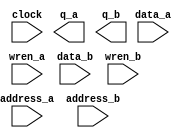
// megafunction wizard: %RAM: 2-PORT%VBB%
// GENERATION: STANDARD
// VERSION: WM1.0
// MODULE: altsyncram 

// ============================================================
// Megafunction Name(s):
// 			altsyncram
// ============================================================
// ************************************************************
// THIS IS A WIZARD-GENERATED FILE. DO NOT EDIT THIS FILE!
//
// 4.2 Build 178 01/19/2005 SP 1 SJ Web Edition
// ************************************************************

//Copyright (C) 1991-2005 Altera Corporation
//Any  megafunction  design,  and related netlist (encrypted  or  decrypted),
//support information,  device programming or simulation file,  and any other
//associated  documentation or information  provided by  Altera  or a partner
//under  Altera's   Megafunction   Partnership   Program  may  be  used  only
//to program  PLD  devices (but not masked  PLD  devices) from  Altera.   Any
//other  use  of such  megafunction  design,  netlist,  support  information,
//device programming or simulation file,  or any other  related documentation
//or information  is prohibited  for  any  other purpose,  including, but not
//limited to  modification,  reverse engineering,  de-compiling, or use  with
//any other  silicon devices,  unless such use is  explicitly  licensed under
//a separate agreement with  Altera  or a megafunction partner.  Title to the
//intellectual property,  including patents,  copyrights,  trademarks,  trade
//secrets,  or maskworks,  embodied in any such megafunction design, netlist,
//support  information,  device programming or simulation file,  or any other
//related documentation or information provided by  Altera  or a megafunction
//partner, remains with Altera, the megafunction partner, or their respective
//licensors. No other licenses, including any licenses needed under any third
//party's intellectual property, are provided herein.

module ram4096x8_3 (
	data_a,
	wren_a,
	address_a,
	data_b,
	address_b,
	wren_b,
	clock,
	q_a,
	q_b);

	input	[7:0]  data_a;
	input	  wren_a;
	input	[11:0]  address_a;
	input	[7:0]  data_b;
	input	[11:0]  address_b;
	input	  wren_b;
	input	  clock;
	output	[7:0]  q_a;
	output	[7:0]  q_b;

endmodule

// ============================================================
// CNX file retrieval info
// ============================================================
// Retrieval info: PRIVATE: MEM_IN_BITS NUMERIC "0"
// Retrieval info: PRIVATE: OPERATION_MODE NUMERIC "3"
// Retrieval info: PRIVATE: UseDPRAM NUMERIC "1"
// Retrieval info: PRIVATE: VarWidth NUMERIC "0"
// Retrieval info: PRIVATE: WIDTH_WRITE_A NUMERIC "8"
// Retrieval info: PRIVATE: WIDTH_WRITE_B NUMERIC "8"
// Retrieval info: PRIVATE: WIDTH_READ_A NUMERIC "8"
// Retrieval info: PRIVATE: WIDTH_READ_B NUMERIC "8"
// Retrieval info: PRIVATE: MEMSIZE NUMERIC "32768"
// Retrieval info: PRIVATE: Clock NUMERIC "0"
// Retrieval info: PRIVATE: rden NUMERIC "0"
// Retrieval info: PRIVATE: BYTE_ENABLE_A NUMERIC "0"
// Retrieval info: PRIVATE: BYTE_ENABLE_B NUMERIC "0"
// Retrieval info: PRIVATE: BYTE_SIZE NUMERIC "8"
// Retrieval info: PRIVATE: Clock_A NUMERIC "0"
// Retrieval info: PRIVATE: Clock_B NUMERIC "0"
// Retrieval info: PRIVATE: REGdata NUMERIC "1"
// Retrieval info: PRIVATE: REGwraddress NUMERIC "1"
// Retrieval info: PRIVATE: REGwren NUMERIC "1"
// Retrieval info: PRIVATE: REGrdaddress NUMERIC "0"
// Retrieval info: PRIVATE: REGrren NUMERIC "0"
// Retrieval info: PRIVATE: REGq NUMERIC "0"
// Retrieval info: PRIVATE: INDATA_REG_B NUMERIC "1"
// Retrieval info: PRIVATE: WRADDR_REG_B NUMERIC "1"
// Retrieval info: PRIVATE: OUTDATA_REG_B NUMERIC "0"
// Retrieval info: PRIVATE: CLRdata NUMERIC "0"
// Retrieval info: PRIVATE: CLRwren NUMERIC "0"
// Retrieval info: PRIVATE: CLRwraddress NUMERIC "0"
// Retrieval info: PRIVATE: CLRrdaddress NUMERIC "0"
// Retrieval info: PRIVATE: CLRrren NUMERIC "0"
// Retrieval info: PRIVATE: CLRq NUMERIC "0"
// Retrieval info: PRIVATE: BYTEENA_ACLR_A NUMERIC "0"
// Retrieval info: PRIVATE: INDATA_ACLR_B NUMERIC "0"
// Retrieval info: PRIVATE: WRCTRL_ACLR_B NUMERIC "0"
// Retrieval info: PRIVATE: WRADDR_ACLR_B NUMERIC "0"
// Retrieval info: PRIVATE: OUTDATA_ACLR_B NUMERIC "0"
// Retrieval info: PRIVATE: BYTEENA_ACLR_B NUMERIC "0"
// Retrieval info: PRIVATE: enable NUMERIC "0"
// Retrieval info: PRIVATE: CLOCK_ENABLE_INPUT_A NUMERIC "0"
// Retrieval info: PRIVATE: CLOCK_ENABLE_OUTPUT_A NUMERIC "0"
// Retrieval info: PRIVATE: CLOCK_ENABLE_INPUT_B NUMERIC "0"
// Retrieval info: PRIVATE: CLOCK_ENABLE_OUTPUT_B NUMERIC "0"
// Retrieval info: PRIVATE: ADDRESSSTALL_A NUMERIC "0"
// Retrieval info: PRIVATE: ADDRESSSTALL_B NUMERIC "0"
// Retrieval info: PRIVATE: READ_DURING_WRITE_MODE_MIXED_PORTS NUMERIC "2"
// Retrieval info: PRIVATE: BlankMemory NUMERIC "0"
// Retrieval info: PRIVATE: MIFfilename STRING "code3.hex"
// Retrieval info: PRIVATE: UseLCs NUMERIC "0"
// Retrieval info: PRIVATE: RAM_BLOCK_TYPE NUMERIC "0"
// Retrieval info: PRIVATE: MAXIMUM_DEPTH NUMERIC "0"
// Retrieval info: PRIVATE: INIT_FILE_LAYOUT STRING "PORT_A"
// Retrieval info: PRIVATE: JTAG_ENABLED NUMERIC "0"
// Retrieval info: PRIVATE: JTAG_ID STRING "NONE"
// Retrieval info: PRIVATE: INTENDED_DEVICE_FAMILY STRING "Cyclone"
// Retrieval info: CONSTANT: INTENDED_DEVICE_FAMILY STRING "Cyclone"
// Retrieval info: CONSTANT: OPERATION_MODE STRING "BIDIR_DUAL_PORT"
// Retrieval info: CONSTANT: WIDTH_A NUMERIC "8"
// Retrieval info: CONSTANT: WIDTHAD_A NUMERIC "12"
// Retrieval info: CONSTANT: NUMWORDS_A NUMERIC "4096"
// Retrieval info: CONSTANT: WIDTH_B NUMERIC "8"
// Retrieval info: CONSTANT: WIDTHAD_B NUMERIC "12"
// Retrieval info: CONSTANT: NUMWORDS_B NUMERIC "4096"
// Retrieval info: CONSTANT: LPM_TYPE STRING "altsyncram"
// Retrieval info: CONSTANT: WIDTH_BYTEENA_A NUMERIC "1"
// Retrieval info: CONSTANT: WIDTH_BYTEENA_B NUMERIC "1"
// Retrieval info: CONSTANT: OUTDATA_REG_A STRING "UNREGISTERED"
// Retrieval info: CONSTANT: OUTDATA_ACLR_A STRING "NONE"
// Retrieval info: CONSTANT: OUTDATA_REG_B STRING "UNREGISTERED"
// Retrieval info: CONSTANT: INDATA_ACLR_A STRING "NONE"
// Retrieval info: CONSTANT: WRCONTROL_ACLR_A STRING "NONE"
// Retrieval info: CONSTANT: ADDRESS_ACLR_A STRING "NONE"
// Retrieval info: CONSTANT: INDATA_REG_B STRING "CLOCK0"
// Retrieval info: CONSTANT: ADDRESS_REG_B STRING "CLOCK0"
// Retrieval info: CONSTANT: WRCONTROL_WRADDRESS_REG_B STRING "CLOCK0"
// Retrieval info: CONSTANT: INDATA_ACLR_B STRING "NONE"
// Retrieval info: CONSTANT: WRCONTROL_ACLR_B STRING "NONE"
// Retrieval info: CONSTANT: ADDRESS_ACLR_B STRING "NONE"
// Retrieval info: CONSTANT: OUTDATA_ACLR_B STRING "NONE"
// Retrieval info: CONSTANT: READ_DURING_WRITE_MODE_MIXED_PORTS STRING "DONT_CARE"
// Retrieval info: CONSTANT: INIT_FILE STRING "code3.hex"
// Retrieval info: USED_PORT: data_a 0 0 8 0 INPUT NODEFVAL data_a[7..0]
// Retrieval info: USED_PORT: wren_a 0 0 0 0 INPUT VCC wren_a
// Retrieval info: USED_PORT: q_a 0 0 8 0 OUTPUT NODEFVAL q_a[7..0]
// Retrieval info: USED_PORT: q_b 0 0 8 0 OUTPUT NODEFVAL q_b[7..0]
// Retrieval info: USED_PORT: address_a 0 0 12 0 INPUT NODEFVAL address_a[11..0]
// Retrieval info: USED_PORT: data_b 0 0 8 0 INPUT NODEFVAL data_b[7..0]
// Retrieval info: USED_PORT: address_b 0 0 12 0 INPUT NODEFVAL address_b[11..0]
// Retrieval info: USED_PORT: wren_b 0 0 0 0 INPUT VCC wren_b
// Retrieval info: USED_PORT: clock 0 0 0 0 INPUT NODEFVAL clock
// Retrieval info: CONNECT: @data_a 0 0 8 0 data_a 0 0 8 0
// Retrieval info: CONNECT: @wren_a 0 0 0 0 wren_a 0 0 0 0
// Retrieval info: CONNECT: q_a 0 0 8 0 @q_a 0 0 8 0
// Retrieval info: CONNECT: q_b 0 0 8 0 @q_b 0 0 8 0
// Retrieval info: CONNECT: @address_a 0 0 12 0 address_a 0 0 12 0
// Retrieval info: CONNECT: @data_b 0 0 8 0 data_b 0 0 8 0
// Retrieval info: CONNECT: @address_b 0 0 12 0 address_b 0 0 12 0
// Retrieval info: CONNECT: @wren_b 0 0 0 0 wren_b 0 0 0 0
// Retrieval info: CONNECT: @clock0 0 0 0 0 clock 0 0 0 0
// Retrieval info: LIBRARY: altera_mf altera_mf.altera_mf_components.all
// Retrieval info: GEN_FILE: TYPE_NORMAL ram4096x8_3.v TRUE
// Retrieval info: GEN_FILE: TYPE_NORMAL ram4096x8_3.inc FALSE
// Retrieval info: GEN_FILE: TYPE_NORMAL ram4096x8_3.cmp FALSE
// Retrieval info: GEN_FILE: TYPE_NORMAL ram4096x8_3.bsf FALSE
// Retrieval info: GEN_FILE: TYPE_NORMAL ram4096x8_3_inst.v FALSE
// Retrieval info: GEN_FILE: TYPE_NORMAL ram4096x8_3_bb.v TRUE
// Retrieval info: GEN_FILE: TYPE_NORMAL ram4096x8_3_waveforms.html TRUE
// Retrieval info: GEN_FILE: TYPE_NORMAL ram4096x8_3_wave*.jpg FALSE